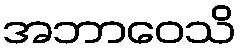
အဘာဝေသိ